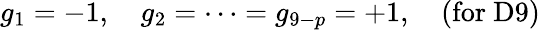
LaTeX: g_{1}=-1,\quad g_{2}=\cdots=g_{9-p}=+1,\quad\mathrm{(for~D9)}